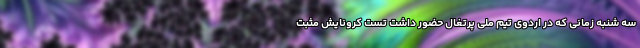
سه شنبه زمانی که در اردوی تیم ملی پرتغال حضور داشت تست کرونایش مثبت